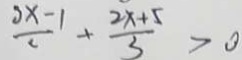
\frac { 5 x - 1 } { x } + \frac { 2 x + 5 } { 3 } > 0